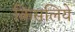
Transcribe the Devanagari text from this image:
किसलिये